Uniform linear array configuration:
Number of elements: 32
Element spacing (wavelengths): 0.25
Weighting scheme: uniform
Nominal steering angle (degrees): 60
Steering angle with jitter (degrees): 59.265
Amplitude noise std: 0.05
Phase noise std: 0.05

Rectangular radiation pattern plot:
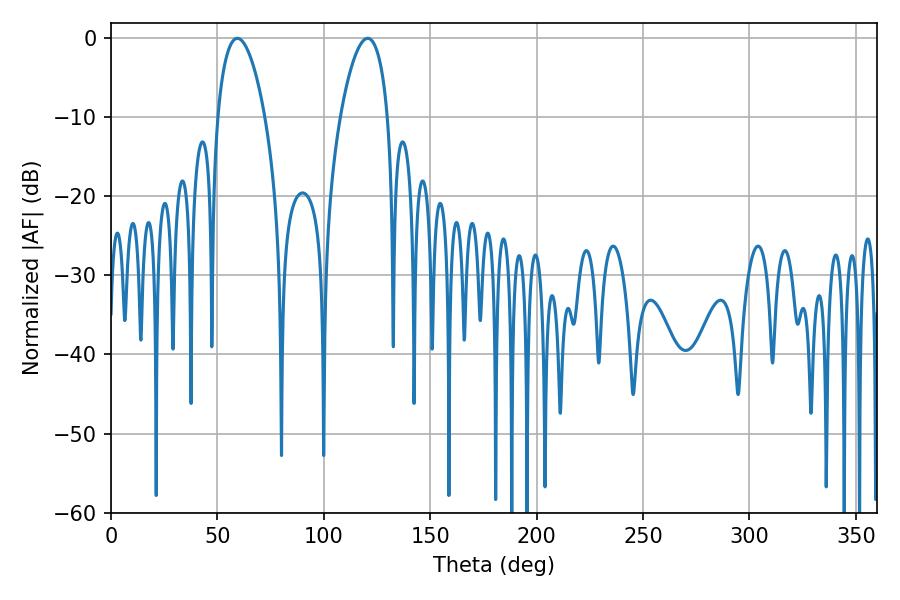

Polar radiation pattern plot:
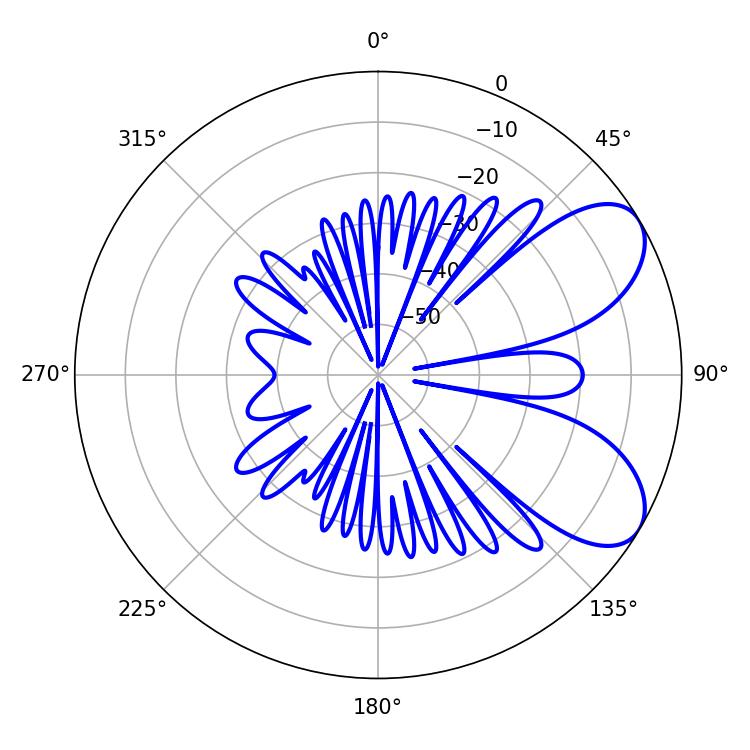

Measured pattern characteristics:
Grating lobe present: FALSE
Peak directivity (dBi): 6.915
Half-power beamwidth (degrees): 12.42
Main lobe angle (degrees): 59.4